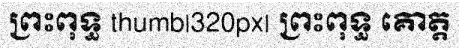
ព្រះពុទ្ធ thumb|320px| ព្រះពុទ្ធ គោត្ត